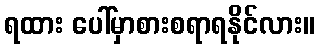
ရထား ပေါ်မှာစားစရာရနိုင်လား။